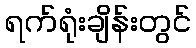
ရက်ရုံးချိန်းတွင်